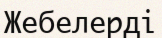
Жебелерді